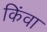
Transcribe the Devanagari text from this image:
किंवा